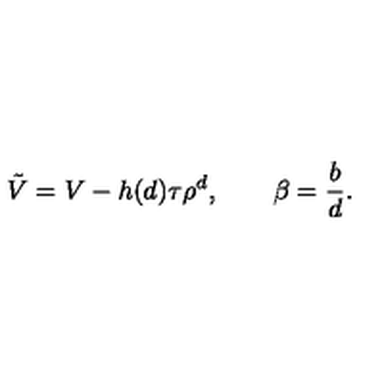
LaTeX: { \tilde { V } } = V - h ( d ) \tau \rho ^ { d } , \qquad \beta = \frac { b } { d } .